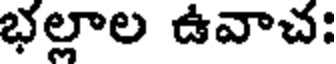
భల్లాల ఉవాచ: